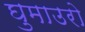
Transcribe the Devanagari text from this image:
घुमाउरो